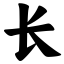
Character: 长